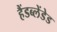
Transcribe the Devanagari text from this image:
हैंडब्लेंडेड